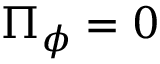
\Pi _ { \phi } = 0